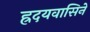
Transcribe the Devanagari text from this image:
ह्रदयवासिने